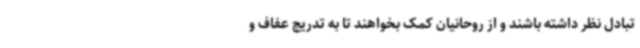
تبادل نظر داشته باشند و از روحانیان کمک بخواهند تا به تدریج عفاف و